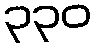
၃၃၀